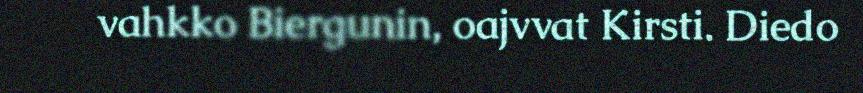
vahkko Biergunin, oajvvat Kirsti. Diedo